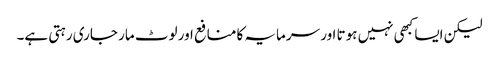
لیکن ایسا کبھی نہیں ہوتا اور سرمایہ کا منافع اور لوٹ مار جاری رہتی ہے۔